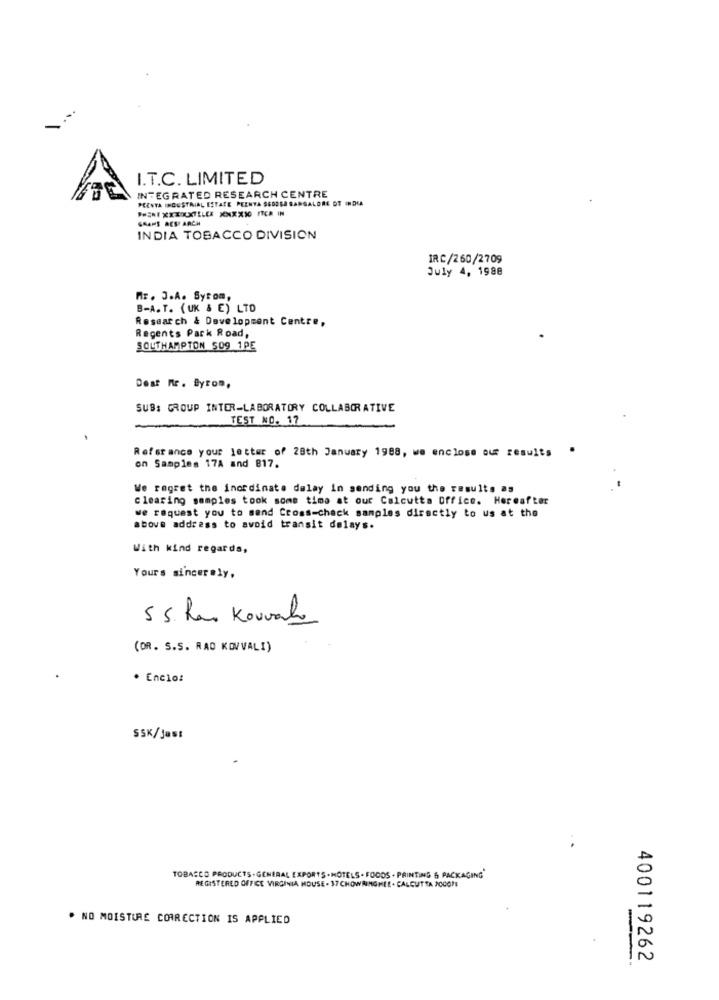
I.T.C. LIMITED
INTEGRATED RESEARCH CENTRE
PCENTA INDUSTRIAL ESTATE PEENYA SCORSA BANGALORE OF INDIA
PERI XXXXXILLEX XXXXX0 FICA IN
GAARS AESE ARCH
INDIA TOBACCO DIVISION
IRC/260/2709
July 4, 1988
Mr. J.A. Sytom,
B-A.T. (UK & E) LTD
Research & Development Centre,
Regents Park Road,
SOUTHAMPTON 509 1PE
Dest Mr. Byrom,
SUB: GROUP INTER-LABORATORY COLLABORATIVE
TEST NO. 17
Referance your letter of 28th January 1988, we enclose our results "
on Samples 17A and 817.
We regret the inordinate delay in sending you the results as
clearing samples took some time at our Calcutta Office. Hereafter
we request you to send Cross-check samples directly to us at the
above address to avoid transit delays.
With kind regards,
Yours sincerely.
5 5. han Kouval
(DR. S.S. RAO KOVVALI)
* Encio:
SSK/Jast
TOBACCO PRODUCTS . GENERAL EXPORTS - HOTELS . FOODS . PRINTING & PACKAGING
REGISTERED OFFICE VIRGINIA HOUSE . 37 CHOWRINGMEE . CALCUTTA 20COM
. NO MOISTURE CORRECTION IS APPLIED
--
400119262